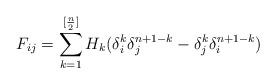
LaTeX: \begin{align*}F_{ij} = \sum_{k=1}^{[\frac{n}{2}]} H_k(\delta_{i}^{k}\delta_{j}^{n+1-k} - \delta_{j}^{k}\delta_{i}^{n+1-k})\end{align*}